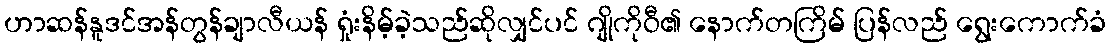
ဟာဆန်နူဒင်အန်တွန်ချာလီယန် ရှုံးနိမ့်ခဲ့သည်ဆိုလျှင်ပင် ဂျိုကိုဝီ၏ နောက်တကြိမ် ပြန်လည် ရွေးကောက်ခံ